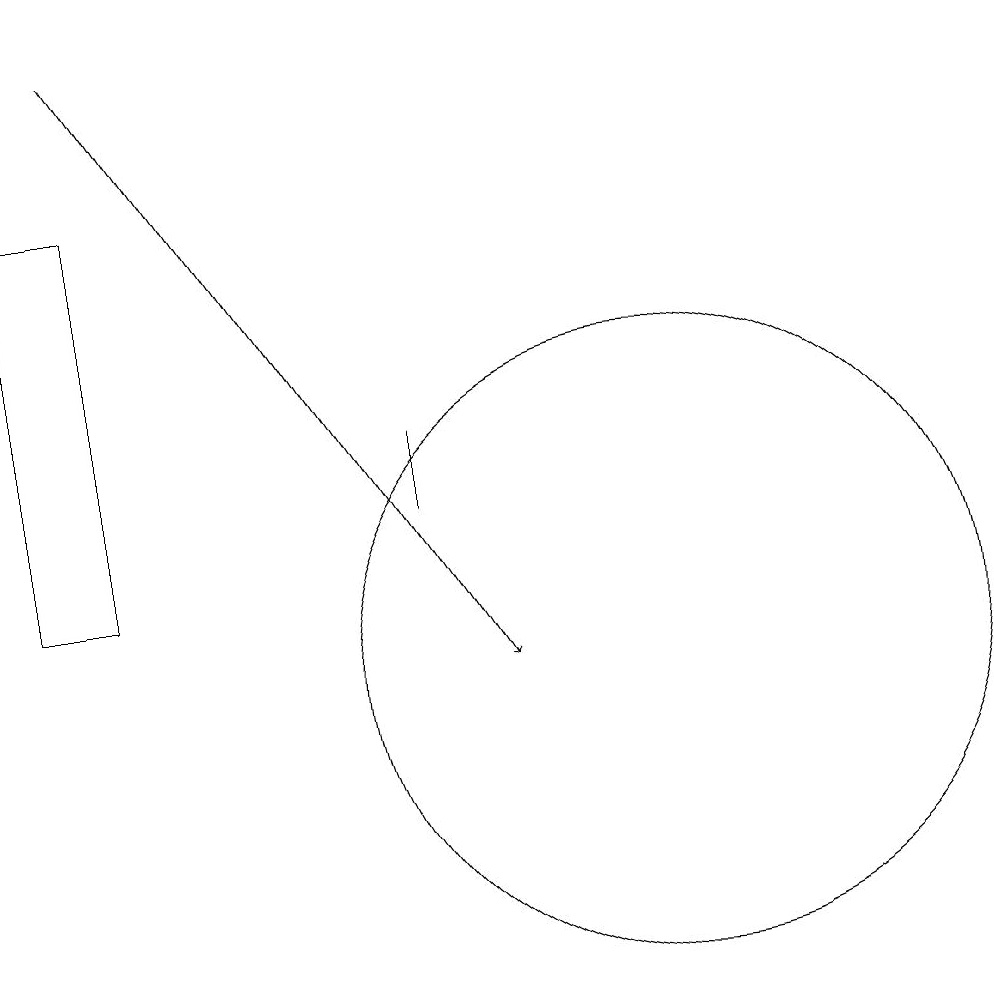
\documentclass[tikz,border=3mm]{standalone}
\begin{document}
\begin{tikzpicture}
\draw[->] (4,18) -- (9,10);
\draw (8,12) rectangle (8,13);
\draw (11,10) circle (4);
\draw (3,16) rectangle (4,11);
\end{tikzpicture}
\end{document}